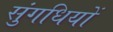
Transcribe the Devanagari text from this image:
सुंगधियों